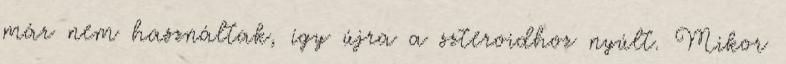
már nem használtak, így újra a szteroidhoz nyúlt. Mikor